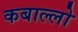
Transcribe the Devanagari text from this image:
कबाल्लो